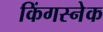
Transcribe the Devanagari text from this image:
किंगस्नेक